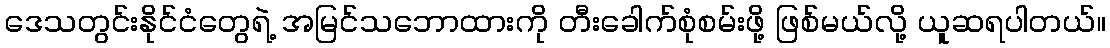
ဒေသတွင်းနိုင်ငံတွေရဲ့ အမြင်သဘောထားကို တီးခေါက်စုံစမ်းဖို့ ဖြစ်မယ်လို့ ယူဆရပါတယ်။